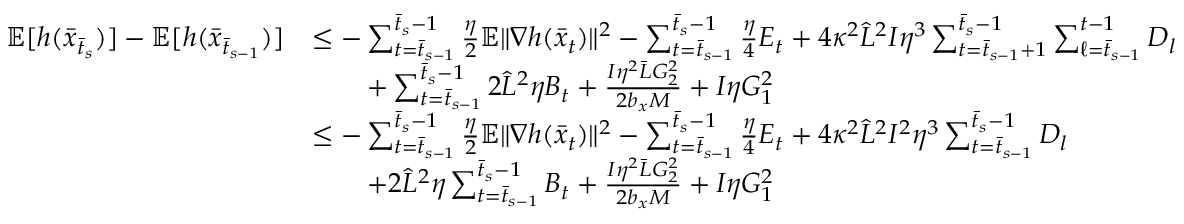
\begin{array} { r l } { \mathbb { E } [ h ( \bar { x } _ { \bar { t } _ { s } } ) ] - \mathbb { E } [ h ( \bar { x } _ { \bar { t } _ { s - 1 } } ) ] } & { \leq - \sum _ { t = \bar { t } _ { s - 1 } } ^ { \bar { t } _ { s } - 1 } \frac { \eta } { 2 } \mathbb { E } \| \nabla h ( \bar { x } _ { t } ) \| ^ { 2 } - \sum _ { t = \bar { t } _ { s - 1 } } ^ { \bar { t } _ { s } - 1 } \frac { \eta } { 4 } E _ { t } + 4 \kappa ^ { 2 } \hat { L } ^ { 2 } I \eta ^ { 3 } \sum _ { t = \bar { t } _ { s - 1 } + 1 } ^ { \bar { t } _ { s } - 1 } \sum _ { \ell = \bar { t } _ { s - 1 } } ^ { t - 1 } D _ { l } } \\ & { \qquad + \sum _ { t = \bar { t } _ { s - 1 } } ^ { \bar { t } _ { s } - 1 } 2 \hat { L } ^ { 2 } \eta B _ { t } + \frac { I \eta ^ { 2 } \bar { L } G _ { 2 } ^ { 2 } } { 2 b _ { x } M } + I \eta G _ { 1 } ^ { 2 } } \\ & { \leq - \sum _ { t = \bar { t } _ { s - 1 } } ^ { \bar { t } _ { s } - 1 } \frac { \eta } { 2 } \mathbb { E } \| \nabla h ( \bar { x } _ { t } ) \| ^ { 2 } - \sum _ { t = \bar { t } _ { s - 1 } } ^ { \bar { t } _ { s } - 1 } \frac { \eta } { 4 } E _ { t } + 4 \kappa ^ { 2 } \hat { L } ^ { 2 } I ^ { 2 } \eta ^ { 3 } \sum _ { t = \bar { t } _ { s - 1 } } ^ { \bar { t } _ { s } - 1 } D _ { l } } \\ & { \qquad + 2 \hat { L } ^ { 2 } \eta \sum _ { t = \bar { t } _ { s - 1 } } ^ { \bar { t } _ { s } - 1 } B _ { t } + \frac { I \eta ^ { 2 } \bar { L } G _ { 2 } ^ { 2 } } { 2 b _ { x } M } + I \eta G _ { 1 } ^ { 2 } } \end{array}